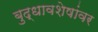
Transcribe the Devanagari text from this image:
बुद्धावशेषांवर